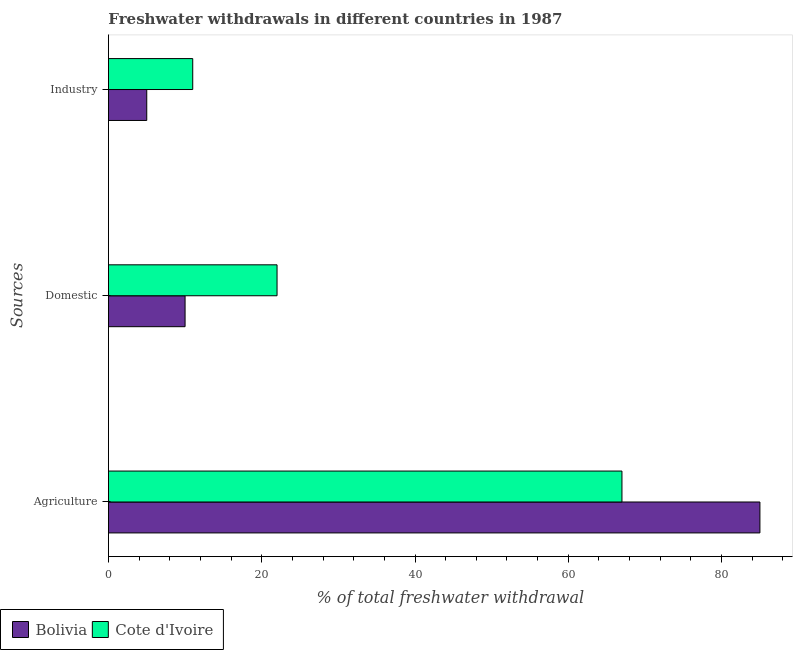
| Sources | Bolivia | Cote d'Ivoire |
 | --- | --- | --- |
 | Agriculture | 85 | 67 |
 | Domestic | 10 | 22 |
 | Industry | 5 | 11 |